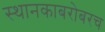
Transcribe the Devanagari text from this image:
स्थानकाबरोबरच